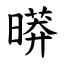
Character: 㬒